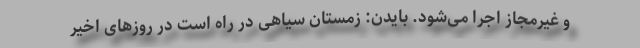
و غیرمجاز اجرا می‌شود. بایدن: زمستان سیاهی در راه است در روزهای اخیر